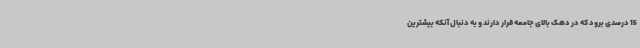
15 درصدی برود که در دهک بالای جامعه قرار دارند و به دنبال آنکه بیشترین